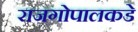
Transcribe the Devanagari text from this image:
राजगोपालकडे